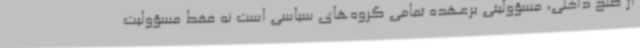
از صلح داخلی، مسؤولیتی برعهده تمامی گروه‌های سیاسی است نه فقط مسؤولیت